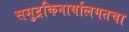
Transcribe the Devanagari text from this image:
समुद्रकिनार्यालगतचा